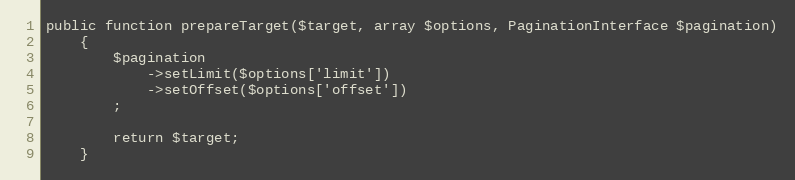
Language: PHP
public function prepareTarget($target, array $options, PaginationInterface $pagination)
    {
        $pagination
            ->setLimit($options['limit'])
            ->setOffset($options['offset'])
        ;

        return $target;
    }